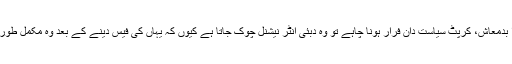
سامنے کے حالات تو یہ ہیں کہ دنیا کو کوئی بھی چور اچکا، لٹیرا بدمعاش، کرپٹ سیاست دان فرار ہونا چاہے تو وہ دبئی انٹر نیشنل چوک جاتا ہے کیوں کہ یہاں کی فیس دینے کے بعد وہ مکمل طور پر محفوظ ہوجاتا ہے اور آگے کی کوئی بھی پلاننگ کرسکتا ہے۔